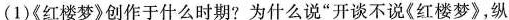
(1)《红楼梦》创作于什么时期?为什么说”开谈不说《红楼梦》，纵